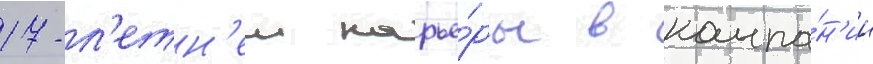
17-л'етн'еи карье́ры в компа́н'ии